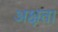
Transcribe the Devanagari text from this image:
अक्षत।